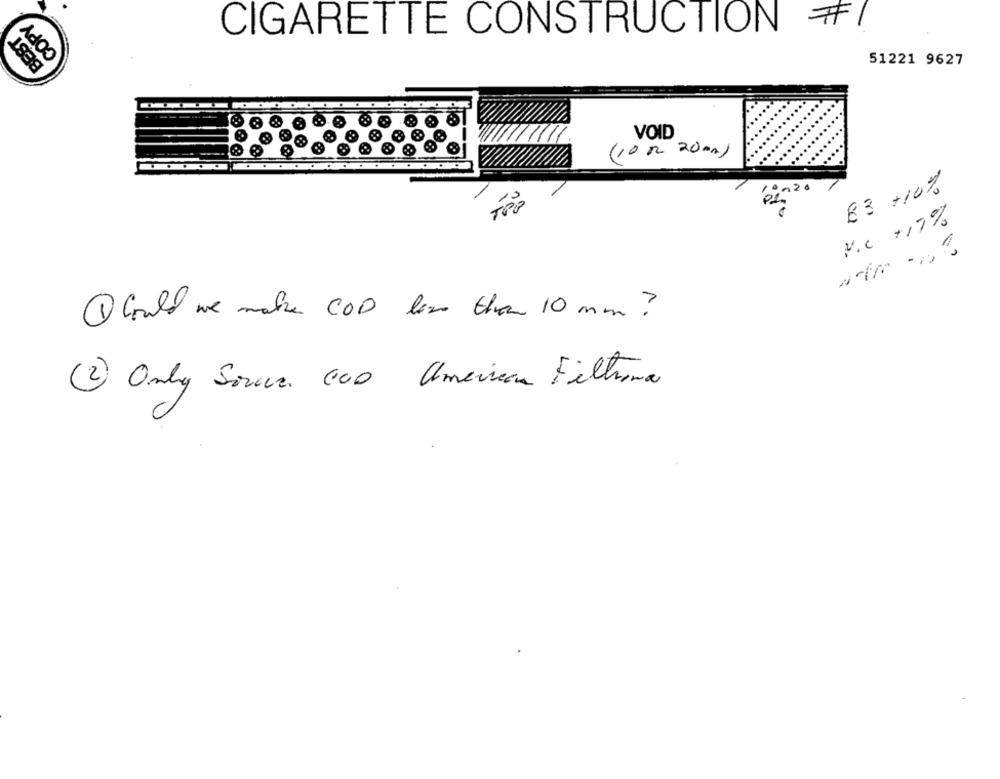
COPY
BEST
CIGARETTE CONSTRUCTION
51221 9627
VOID
(10 m 20mm)
83 +10%
TRO
V.C +17%
1 Could we make COD less than 10 mm ?
( 2) Only Souce 100 American Filhoma